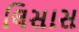
લિસાસ